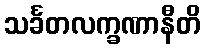
သင်္ခတလက္ခဏာနီတိ